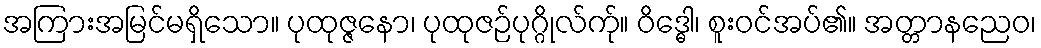
အကြားအမြင်မရှိသော။ ပုထုဇ္ဇနော၊ ပုထုဇဉ်ပုဂ္ဂိုလ်က်ု။ ဝိဒ္ဓေါ၊ စူးဝင်အပ်၏။ အတ္တာနညေဝ၊